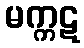
မက္ကဋ